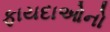
ફાયદાઓનો